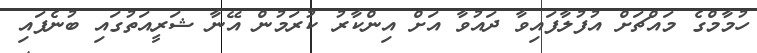
ހުމާމްގެ މައްޗަށް އުފުލާފައިވާ ދައުވާ އަށް އިންކާރު ކުރަމުން އޭނާ ޝަރީއަތުގައި ބުނެފައި